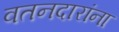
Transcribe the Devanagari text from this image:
वतनदारांना